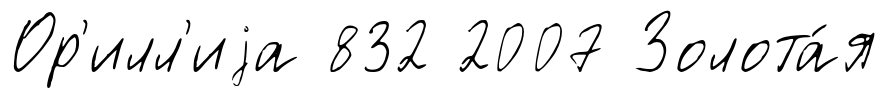
Ор'илл'иjа 832 2007 Золота́я